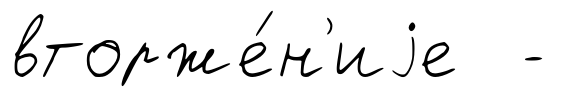
вторже́н'иjе -